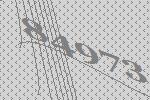
84973